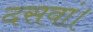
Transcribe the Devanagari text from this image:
दसवां।